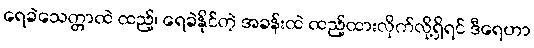
ရေခဲသေတ္တာထဲ ထည့်၊ ရေခဲနိုင်တဲ့ အခန်းထဲ ထည့်ထားလိုက်လို့ရှိရင် ဒီရေဟာ